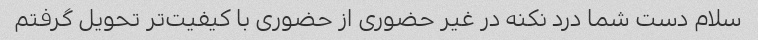
سلام دست شما درد نکنه در غیر حضوری از حضوری با کیفیت‌تر تحویل گرفتم